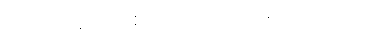
ဘိလပ်ရည် တစ် ပုလင်း ဘယ်လောက်လဲ။